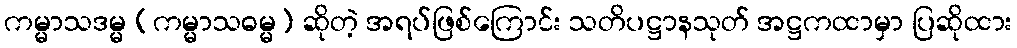
ကမ္မာသဒမ္မ (ကမ္မာသဓမ္မ) ဆိုတဲ့ အရပ်ဖြစ်ကြောင်း သတိပဋ္ဌာနသုတ် အဋ္ဌကထာမှာ ပြဆိုထား